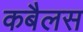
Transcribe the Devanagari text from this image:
कबैलस